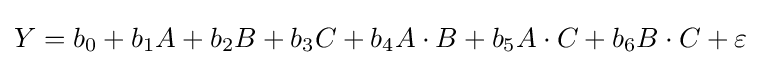
Y=b_{0}+b_{1}A+b_{2}B+b_{3}C+b_{4}A\cdot B+b_{5}A\cdot C+b_{6}B\cdot C+\varepsilon